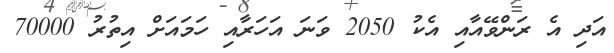
އަދި އެ ރަންވޭއާއި އެކު 2050 ވަނަ އަހަރާއި ހަމައަށް އިތުރު 70000